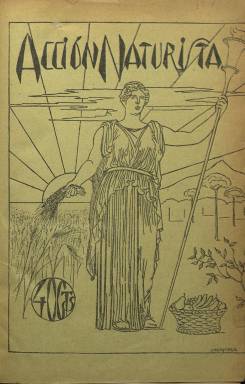
Título: Acción naturista
Colección: Salud e higiene
Ámbito geográfico: Madrid
Lugar de publicación: Madrid
Fechas: 01/01/1919-30/06/1934

Faltan en el original los números 127-132 (1929) y 145-156 (1931)

---

Esta revista de periodicidad mensual, órgano oficial de la Sociedad Vegetariana Española, entidad fundada a principios del siglo XX,  es una de las primeras publicaciones defensoras de las virtudes de la dieta vegetal y de la vida natural en nuestro país. Tomó el testigo de la también madrileña El Régimen Naturalista, revista pionera que se publicó desde 1904 a 1912

   En su primer número de enero de 1919 y bajo el epígrafe Nuestro ideal,  Acción Naturista expone sus principios, que no se limitan sólo a la nutrición, la medicina y la higiene, sino que implican toda una filosofía de la vida en la que se aboga por vivir de acuerdo con las leyes de la naturaleza.

   El naturismo no es “el vicio de comer frutas y desnudarse al Sol”, señala con castiza expresión y afán didáctico. Y aclara: “Un hombre puede ser naturista comiendo carne de buey. Este hombre será naturista si antes era antropófago, porque el cambio de alimento supone un paso gigantesco en su evolución, y este avance no es sino la acatación de la ley natural. Luego en el naturismo caben todo género de personas en cualquier situación y condición moral y física, siempre que estén en pleno avance hacia un grado de mayor perfeccionamiento integral”.

  La revista contaba con secciones como cocina vegetariana con recetas culinarias; vegetarianos célebres, abriéndose la serie con Pitágoras; medicina natural e higiene; educación física, así como noticias relacionadas con el movimiento naturista.

   Como directores, propietarios y fundadores figuraban tres médicos naturistas: Casiano Ruiz Ibarra, Enrique Jaramillo y Eduardo Alfonso, alumno este último de Ramón y Cajal. Una fotografía de estos tres médicos aparece en el número 1 de la revista Medicina e Historia del año 1999, accesible por Internet y donde se puede leer el ensayo “El naturismo médico español”, de Alejandro Arteche García.

   En Madrid, Viena Capellanes,  cadena con varios establecimientos en  la ciudad, se convirtió en un buen aliado de los aficionados al vegetarianismo. Su obrador suministraba gran cantidad de productos variados y, entre ellos, un sabroso pan integral con harina molida en molino de piedra, según se puede leer en el blog “Antiguos Cafés de Madrid y otras cosas de la Villa”, de M.R. Giménez.

También el Café Viena, en el barrio de Argüelles, servía comidas vegetarianas previo aviso, por lo que fue elegido para la celebrar la comida mensual de la Sociedad Vegetariana hasta el inicio de la Guerra Civil. En la revista se pueden ver anuncios de esta casa.

   En 1932, la Sociedad Vegetariana  llegó a un acuerdo con el balneario de Busot, en Alicante, para crear allí un Sanatorio naturista. La revista dedicó al acontecimiento un amplio reportaje con fotografías en su número de septiembre de ese año. La publicación no llegaría mucho más allá. Su último número es de junio de 1934.

   En el primer tercio del siglo XX se publicaron otras publicaciones de esta temática en otras ciudades españolas. Entre las  más significativas figuran  Helios, en Valencia, y Pentalfa, en Barcelona. Esta última ponía el acento además en las virtudes del nudismo para llevar una vida sana.

[Descripción publicada el 7/2/2020]